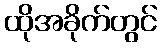
ထိုအခိုက်တွင်